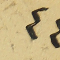
٤٤